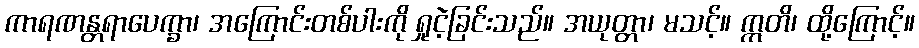
ကာရဏန္တရာပေက္ခာ၊ အကြောင်းတစ်ပါးကို ရှုငဲ့ခြင်းသည်။ အယုတ္တာ၊ မသင့်။ ဣတိ၊ ထို့ကြောင့်။